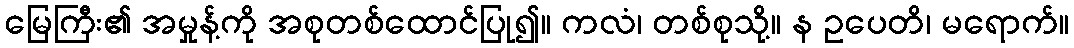
မြေကြီး၏ အမှုန့်ကို အစုတစ်ထောင်ပြု၍။ ကလံ၊ တစ်စုသို့။ န ဥပေတိ၊ မရောက်။